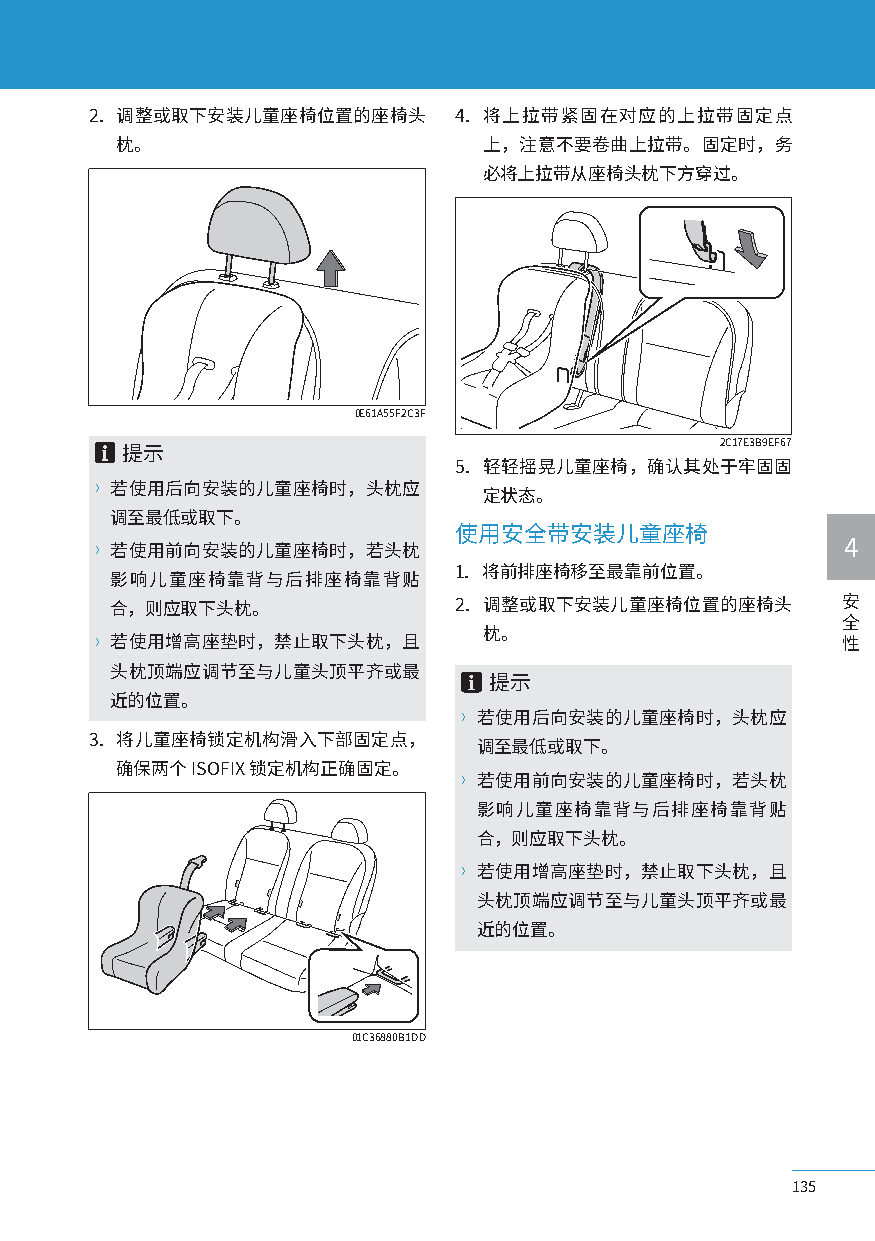
2. 调整或取下安装儿童座椅位置的座椅头    4. 将上拉带紧固在对应的上拉带固定点
 枕。                      上，注意不要卷曲上拉带。固定时，务
 必将上拉带从座椅头枕下方穿过。
 0E61A55F2C3F
 2C17E3B9EF67
 提示
 5. 轻轻摇晃儿童座椅，确认其处于牢固固
 〉若使用后向安装的儿童座椅时，头枕应
 定状态。
 调至最低或取下。
 使用安全带安装儿童座椅
 〉若使用前向安装的儿童座椅时，若头枕                                4
 1. 将前排座椅移至最靠前位置。
 影响儿童座椅靠背与后排座椅靠背贴
 合，则应取下头枕。              2. 调整或取下安装儿童座椅位置的座椅头      安
 全
 枕。
 〉若使用增高座垫时，禁止取下头枕，且                                性
 头枕顶端应调节至与儿童头顶平齐或最
 提示
 近的位置。
 〉若使用后向安装的儿童座椅时，头枕应
 3. 将儿童座椅锁定机构滑入下部固定点，
 调至最低或取下。
 确保两个ISOFIX锁定机构正确固定。
 〉若使用前向安装的儿童座椅时，若头枕
 影响儿童座椅靠背与后排座椅靠背贴
 合，则应取下头枕。
 〉若使用增高座垫时，禁止取下头枕，且
 头枕顶端应调节至与儿童头顶平齐或最
 近的位置。
 01C36880B1DD
 135